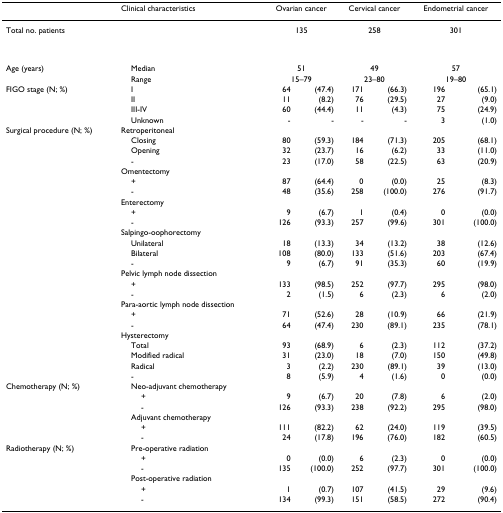
<table><thead><tr><td>[EMPTY_CELL]</td><td><b>Clinical characteristics</b></td><td colspan="2"><b>Ovarian cancer</b></td><td colspan="2"><b>Cervical cancer</b></td><td colspan="2"><b>Endometrial cancer</b></td></tr></thead><tbody><tr><td>Total no. patients</td><td>[EMPTY_CELL]</td><td colspan="2">135</td><td colspan="2">258</td><td colspan="2">301</td><td>[EMPTY_CELL]</td><td>[EMPTY_CELL]</td><td>[EMPTY_CELL]</td></tr><tr><td>Age (years)</td><td> Median</td><td colspan="2">51</td><td colspan="2">49</td><td colspan="2">57</td></tr><tr><td>[EMPTY_CELL]</td><td> Range</td><td colspan="2">15–79</td><td colspan="2">23–80</td><td colspan="2">19–80</td></tr><tr><td>FIGO stage (N; %)</td><td> I</td><td>64</td><td>(47.4)</td><td>171</td><td>(66.3)</td><td>196</td><td>(65.1)</td></tr><tr><td>[EMPTY_CELL]</td><td> II</td><td>11</td><td>(8.2)</td><td>76</td><td>(29.5)</td><td>27</td><td>(9.0)</td></tr><tr><td>[EMPTY_CELL]</td><td> III-IV</td><td>60</td><td>(44.4)</td><td>11</td><td>(4.3)</td><td>75</td><td>(24.9)</td></tr><tr><td>[EMPTY_CELL]</td><td> Unknown</td><td>-</td><td>-</td><td>-</td><td>-</td><td>3</td><td>(1.0)</td></tr><tr><td>Surgical procedure (N; %)</td><td>Retroperitoneal</td><td>[EMPTY_CELL]</td><td>[EMPTY_CELL]</td><td>[EMPTY_CELL]</td><td>[EMPTY_CELL]</td><td>[EMPTY_CELL]</td><td>[EMPTY_CELL]</td></tr><tr><td>[EMPTY_CELL]</td><td> Closing</td><td>80</td><td>(59.3)</td><td>184</td><td>(71.3)</td><td>205</td><td>(68.1)</td></tr><tr><td>[EMPTY_CELL]</td><td> Opening</td><td>32</td><td>(23.7)</td><td>16</td><td>(6.2)</td><td>33</td><td>(11.0)</td></tr><tr><td>[EMPTY_CELL]</td><td> -</td><td>23</td><td>(17.0)</td><td>58</td><td>(22.5)</td><td>63</td><td>(20.9)</td></tr><tr><td>[EMPTY_CELL]</td><td>Omentectomy</td><td>[EMPTY_CELL]</td><td>[EMPTY_CELL]</td><td>[EMPTY_CELL]</td><td>[EMPTY_CELL]</td><td>[EMPTY_CELL]</td><td>[EMPTY_CELL]</td></tr><tr><td>[EMPTY_CELL]</td><td> +</td><td>87</td><td>(64.4)</td><td>0</td><td>(0.0)</td><td>25</td><td>(8.3)</td></tr><tr><td>[EMPTY_CELL]</td><td> -</td><td>48</td><td>(35.6)</td><td>258</td><td>(100.0)</td><td>276</td><td>(91.7)</td></tr><tr><td>[EMPTY_CELL]</td><td>Enterectomy</td><td>[EMPTY_CELL]</td><td>[EMPTY_CELL]</td><td>[EMPTY_CELL]</td><td>[EMPTY_CELL]</td><td>[EMPTY_CELL]</td><td>[EMPTY_CELL]</td></tr><tr><td>[EMPTY_CELL]</td><td> +</td><td>9</td><td>(6.7)</td><td>1</td><td>(0.4)</td><td>0</td><td>(0.0)</td></tr><tr><td>[EMPTY_CELL]</td><td> -</td><td>126</td><td>(93.3)</td><td>257</td><td>(99.6)</td><td>301</td><td>(100.0)</td></tr><tr><td>[EMPTY_CELL]</td><td>Salpingo-oophorectomy</td><td>[EMPTY_CELL]</td><td>[EMPTY_CELL]</td><td>[EMPTY_CELL]</td><td>[EMPTY_CELL]</td><td>[EMPTY_CELL]</td><td>[EMPTY_CELL]</td></tr><tr><td>[EMPTY_CELL]</td><td> Unilateral</td><td>18</td><td>(13.3)</td><td>34</td><td>(13.2)</td><td>38</td><td>(12.6)</td></tr><tr><td>[EMPTY_CELL]</td><td> Bilateral</td><td>108</td><td>(80.0)</td><td>133</td><td>(51.6)</td><td>203</td><td>(67.4)</td></tr><tr><td>[EMPTY_CELL]</td><td> -</td><td>9</td><td>(6.7)</td><td>91</td><td>(35.3)</td><td>60</td><td>(19.9)</td></tr><tr><td>[EMPTY_CELL]</td><td>Pelvic lymph node dissection</td><td>[EMPTY_CELL]</td><td>[EMPTY_CELL]</td><td>[EMPTY_CELL]</td><td>[EMPTY_CELL]</td><td>[EMPTY_CELL]</td><td>[EMPTY_CELL]</td></tr><tr><td>[EMPTY_CELL]</td><td> +</td><td>133</td><td>(98.5)</td><td>252</td><td>(97.7)</td><td>295</td><td>(98.0)</td></tr><tr><td>[EMPTY_CELL]</td><td> -</td><td>2</td><td>(1.5)</td><td>6</td><td>(2.3)</td><td>6</td><td>(2.0)</td></tr><tr><td>[EMPTY_CELL]</td><td>Para-aortic lymph node dissection</td><td>[EMPTY_CELL]</td><td>[EMPTY_CELL]</td><td>[EMPTY_CELL]</td><td>[EMPTY_CELL]</td><td>[EMPTY_CELL]</td><td>[EMPTY_CELL]</td></tr><tr><td>[EMPTY_CELL]</td><td> +</td><td>71</td><td>(52.6)</td><td>28</td><td>(10.9)</td><td>66</td><td>(21.9)</td></tr><tr><td>[EMPTY_CELL]</td><td> -</td><td>64</td><td>(47.4)</td><td>230</td><td>(89.1)</td><td>235</td><td>(78.1)</td></tr><tr><td>[EMPTY_CELL]</td><td>Hysterectomy</td></tr><tr><td>[EMPTY_CELL]</td><td> Total</td><td>93</td><td>(68.9)</td><td>6</td><td>(2.3)</td><td>112</td><td>(37.2)</td></tr><tr><td>[EMPTY_CELL]</td><td> Modified radical</td><td>31</td><td>(23.0)</td><td>18</td><td>(7.0)</td><td>150</td><td>(49.8)</td></tr><tr><td>[EMPTY_CELL]</td><td> Radical</td><td>3</td><td>(2.2)</td><td>230</td><td>(89.1)</td><td>39</td><td>(13.0)</td></tr><tr><td>[EMPTY_CELL]</td><td> -</td><td>8</td><td>(5.9)</td><td>4</td><td>(1.6)</td><td>0</td><td>(0.0)</td></tr><tr><td>Chemotherapy (N; %)</td><td> Neo-adjuvant chemotherapy</td><td>[EMPTY_CELL]</td><td>[EMPTY_CELL]</td><td>[EMPTY_CELL]</td><td>[EMPTY_CELL]</td><td>[EMPTY_CELL]</td><td>[EMPTY_CELL]</td></tr><tr><td>[EMPTY_CELL]</td><td>+</td><td>9</td><td>(6.7)</td><td>20</td><td>(7.8)</td><td>6</td><td>(2.0)</td></tr><tr><td>[EMPTY_CELL]</td><td>-</td><td>126</td><td>(93.3)</td><td>238</td><td>(92.2)</td><td>295</td><td>(98.0)</td></tr><tr><td>[EMPTY_CELL]</td><td> Adjuvant chemotherapy</td><td>[EMPTY_CELL]</td><td>[EMPTY_CELL]</td><td>[EMPTY_CELL]</td><td>[EMPTY_CELL]</td><td>[EMPTY_CELL]</td><td>[EMPTY_CELL]</td></tr><tr><td>[EMPTY_CELL]</td><td>+</td><td>111</td><td>(82.2)</td><td>62</td><td>(24.0)</td><td>119</td><td>(39.5)</td></tr><tr><td>[EMPTY_CELL]</td><td>-</td><td>24</td><td>(17.8)</td><td>196</td><td>(76.0)</td><td>182</td><td>(60.5)</td></tr><tr><td>Radiotherapy (N; %)</td><td> Pre-operative radiation</td><td>[EMPTY_CELL]</td><td>[EMPTY_CELL]</td><td>[EMPTY_CELL]</td><td>[EMPTY_CELL]</td><td>[EMPTY_CELL]</td><td>[EMPTY_CELL]</td></tr><tr><td>[EMPTY_CELL]</td><td>+</td><td>0</td><td>(0.0)</td><td>6</td><td>(2.3)</td><td>0</td><td>(0.0)</td></tr><tr><td>[EMPTY_CELL]</td><td>-</td><td>135</td><td>(100.0)</td><td>252</td><td>(97.7)</td><td>301</td><td>(100.0)</td></tr><tr><td>[EMPTY_CELL]</td><td> Post-operative radiation</td><td>[EMPTY_CELL]</td><td>[EMPTY_CELL]</td><td>[EMPTY_CELL]</td><td>[EMPTY_CELL]</td><td>[EMPTY_CELL]</td><td>[EMPTY_CELL]</td></tr><tr><td>[EMPTY_CELL]</td><td>+</td><td>1</td><td>(0.7)</td><td>107</td><td>(41.5)</td><td>29</td><td>(9.6)</td></tr><tr><td>[EMPTY_CELL]</td><td>-</td><td>134</td><td>(99.3)</td><td>151</td><td>(58.5)</td><td>272</td><td>(90.4)</td></tr></tbody></table>